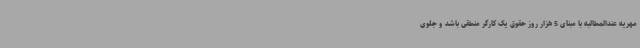
مهریه عندالمطالبه با مبنای 5 هزار روز حقوق یک کارگر منطقی باشد و جلوی